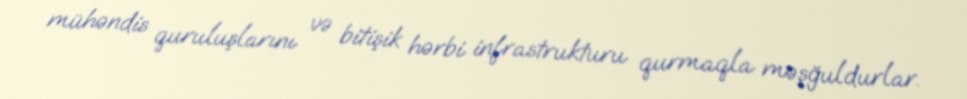
mühəndis quruluşlarını və bitişik hərbi infrastrukturu qurmaqla məşğuldurlar.